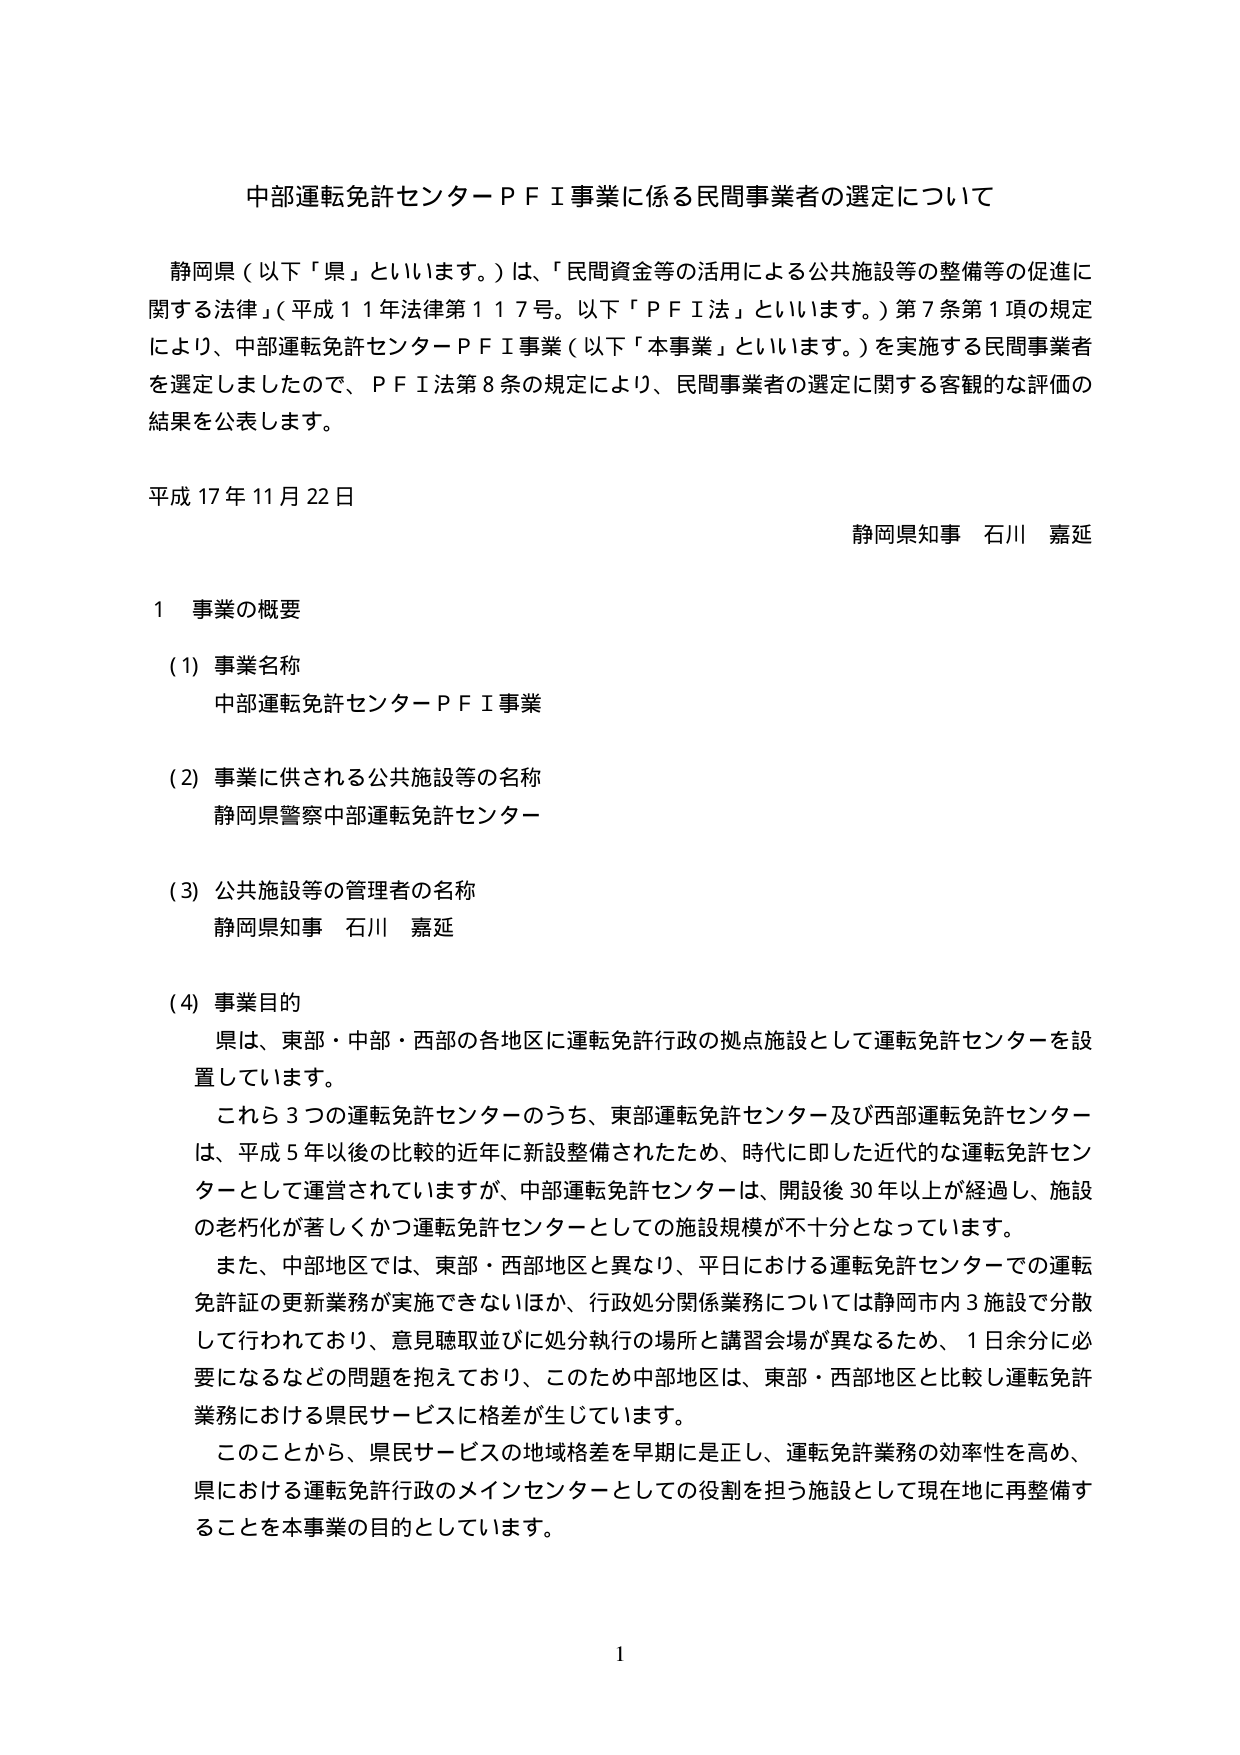
中部運転免許センターＰＦＩ事業に係る民間事業者の選定について

静岡県（以下「県」といいます。）は、「民間資金等の活用による公共施設等の整備等の促進に関する法律」（平成１１年法律第１１７号。以下「ＰＦＩ法」といいます。）第７条第１項の規定により、中部運転免許センターＰＦＩ事業（以下「本事業」といいます。）を実施する民間事業者を選定しましたので、ＰＦＩ法第８条の規定により、民間事業者の選定に関する客観的な評価の結果を公表します。

平成１７年１１月２２日

静岡県知事 石川 嘉延

１ 事業の概要

（１）事業名称
中部運転免許センターＰＦＩ事業

（２）事業に供される公共施設等の名称
静岡県警察中部運転免許センター

（３）公共施設等の管理者の名称
静岡県知事 石川 嘉延

（４）事業目的
県は、東部・中部・西部の各地区に運転免許行政の拠点施設として運転免許センターを設置しています。
これら３つの運転免許センターのうち、東部運転免許センター及び西部運転免許センターは、平成５年以後の比較的近年に新設整備されたため、時代に即した近代的な運転免許センターとして運営されていますが、中部運転免許センターは、開設後３０年以上が経過し、施設の老朽化が著しくかつ運転免許センターとしての施設規模が不十分となっています。
また、中部地区では、東部・西部地区と異なり、平日における運転免許センターでの運転免許証の更新業務が実施できないほか、行政処分関係業務については静岡市内３施設で分散して行われており、意見聴取並びに処分執行の場所と講習会場が異なるため、１日余分に必要になるなどの問題を抱えており、このため中部地区は、東部・西部地区と比較し運転免許業務における県民サービスに格差が生じています。
このことから、県民サービスの地域格差を早期に是正し、運転免許業務の効率性を高め、県における運転免許行政のメインセンターとしての役割を担う施設として現在地に再整備することを本事業の目的としています。

1